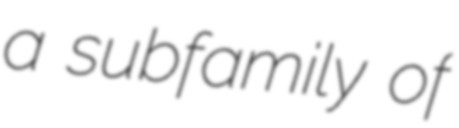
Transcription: a subfamily of